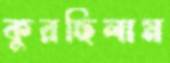
কুরছিলাম